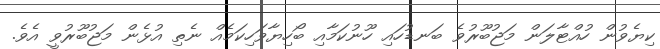
ކިޔެވުން ހުއްޓާލަން މަޖުބޫރުވެ ބަނޑުހައި ހޫނުކަމާއި ބޯހިޔާވަހިކަމެއް ނެތި އުޅެން މަޖުބޫރުވީ އެވެ.